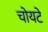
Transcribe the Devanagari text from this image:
चोयटे